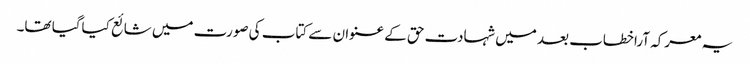
یہ معرکہ آراخطاب بعد میں شہادت حق کے عنوان سے کتاب کی صورت میں شائع کیاگیا تھا۔